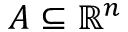
A \subseteq \mathbb { R } ^ { n }